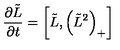
{ \frac { \partial \tilde { L } } { \partial t } } = \left[ \tilde { L } , \left( \tilde { L } ^ { 2 } \right) _ { + } \right]